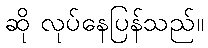
ဆို လုပ်နေပြန်သည်။